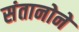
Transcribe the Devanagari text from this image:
संतानोने